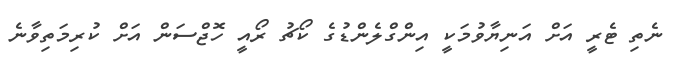
ނެތި ޓެރީ އަށް އަނިޔާވުމަކީ އިންގްލެންޑުގެ ކޯޗު ރޯއީ ހޮޖްސަން އަށް ކުރިމަތިވާނެ